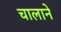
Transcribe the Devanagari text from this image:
चालाने